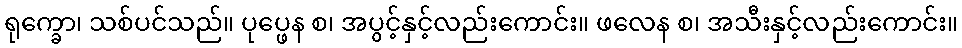
ရုက္ခော၊ သစ်ပင်သည်။ ပုပ္ဖေန စ၊ အပွင့်နှင့်လည်းကောင်း။ ဖလေန စ၊ အသီးနှင့်လည်းကောင်း။